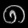
Digit: ၈